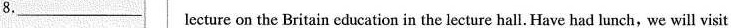
8.___ lecture on the Britain education in the lecturehall.Have had lunch, we will visit